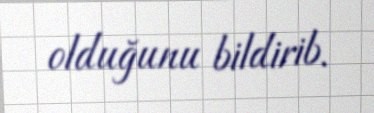
olduğunu bildirib.